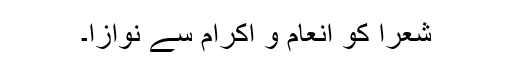
شعرا کو انعام و اکرام سے نوازا۔